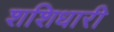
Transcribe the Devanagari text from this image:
शशिधारी